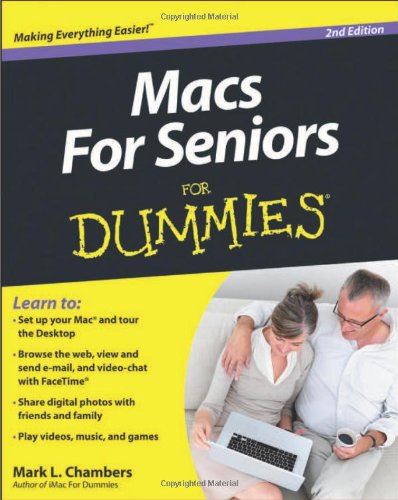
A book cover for Macs For Seniors For Dummies; Mark L. Chambers; Computers & Technology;